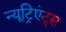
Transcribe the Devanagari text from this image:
न्यूट्रिएंट्स